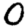
Digit: 0